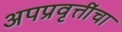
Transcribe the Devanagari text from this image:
अपप्रवृत्तींचा